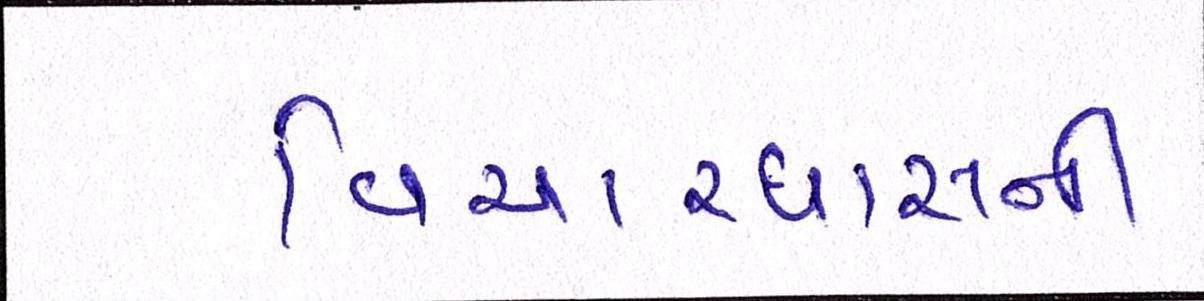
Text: વિચારધારાની